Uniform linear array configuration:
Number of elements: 4
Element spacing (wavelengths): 0.5
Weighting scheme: blackman
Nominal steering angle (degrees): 30
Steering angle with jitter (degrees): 29.104
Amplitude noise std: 0.05
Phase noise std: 0.05

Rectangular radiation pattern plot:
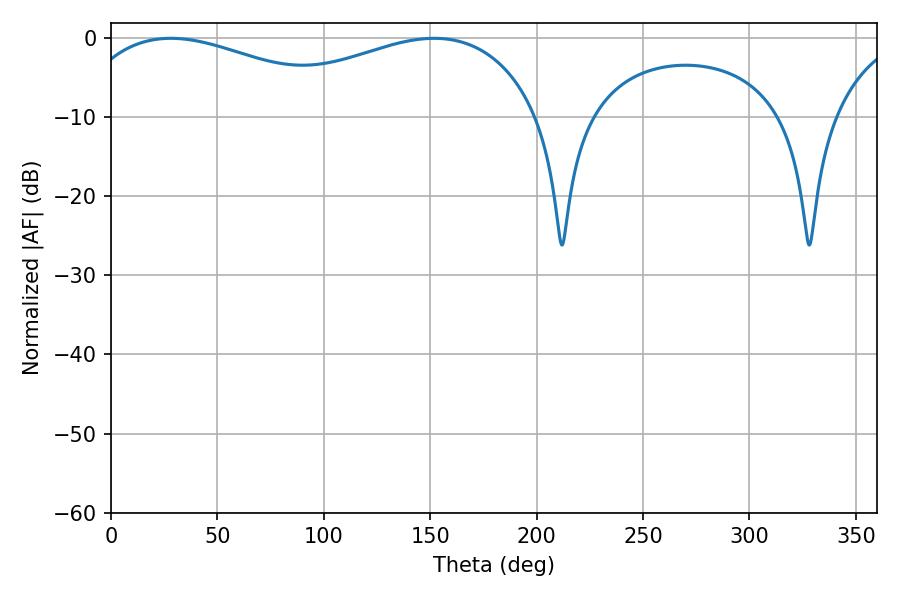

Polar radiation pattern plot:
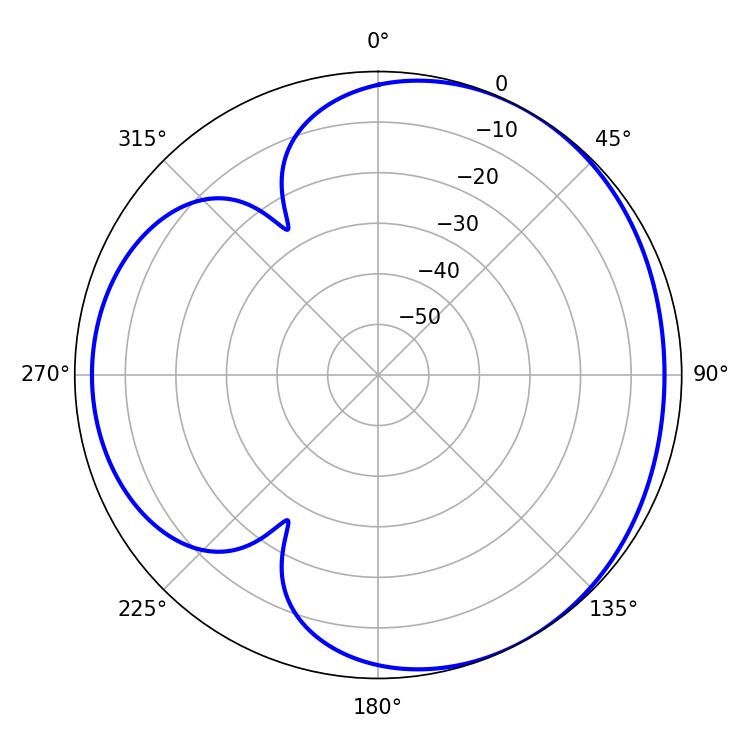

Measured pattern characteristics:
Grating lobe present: FALSE
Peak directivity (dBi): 3.524
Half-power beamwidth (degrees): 76.32
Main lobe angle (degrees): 28.08